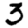
Digit: 3